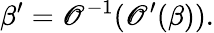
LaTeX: \beta^{\prime}=\mathscr{O}^{-1}(\mathscr{O}^{\prime}(\beta)).